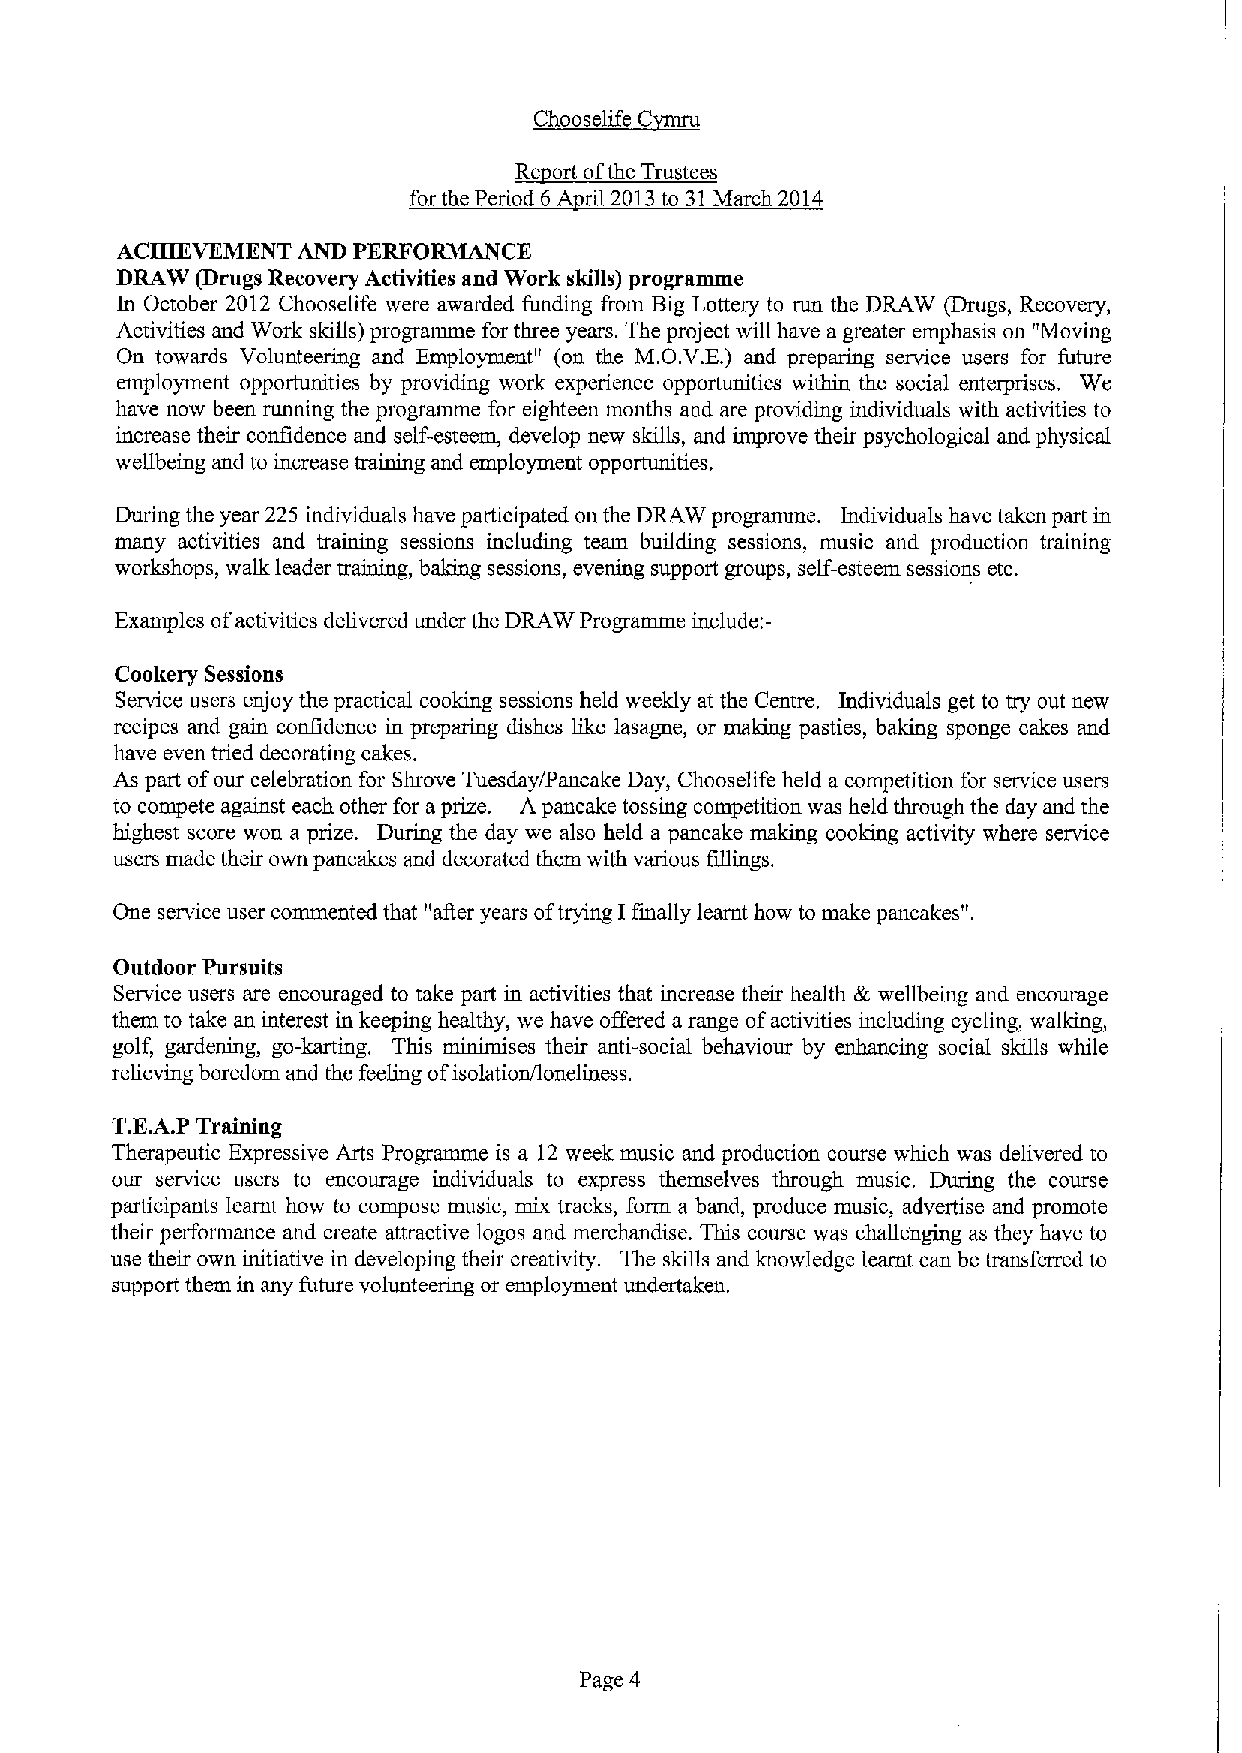
ld C
 ~Ch
 Re ort ofthe Trustees
 for the Period 6 A ril 2013to 31March 2014
 ACHIEVEMENT AND PERFORMANCE
 DRAW (Drugs Recovery Activities and Work skills) programme
 In October 2012 Chooselife were awarded funding &om Big Lottery to run the DRAW (Drugs, Recovery,
 Activities and Work skills) programme for three years. The project will have a greater emphasis on "Moving
 On towards Volunteering and Employment" (on the M.O.V.E. ) and preparing service users for future
 employment opportunities by providing work experience opportunities within the social enterprises. We
 have now been running the programme for eighteen months and are providing individuals with activities to
 increase their confidence and self-esteem, develop new skills, and improve their psychological and physical
 wellbeing and to increase training and employment opportunities,
 During the year 225 individuals have participated on the DRAW programme. Individuals have taken part in
 many activities and training sessions including team building sessions, music and production training
 workshops, walk leader training, baking sessions, evening support groups, self-esteem sessions etc.
 Exainples ofactivities delivered under the DRAW Programme include:-
 Cookery Sessions
 Service users enjoy the practical cooking sessions held weekly at the Centre. Individuals get to try out new
 recipes and gain confidence in preparing dishes like lasagne, or making pasties, baking sponge cakes and
 have even tried decorating cakes.
 As part ofour celebration for Shrove Tuesday/Pancake Day, Chooselife held a competition for service users
 to compete against each other for aprize. Apancake tossing competition was held through the day and the
 highest score won a prize. During the day we also held a pancake making cooking activity where service
 users made their own pancakes and decorated them with various fillings.
 One service user commented that "aQer years oftrying Ifinally learnt how to make pancakes".
 Outdoor Pursuits
 Service users are encouraged to take part in activities that increase their health & wellbeing and encourage
 them to take an interest in keeping healthy, we have offered a range ofactivities including cycling, walking,
 golf, gardening, go-karting. This minimises their anti-social behaviour by enhancing social skills while
 relieidng boredom and the feeling ofisolation/loneliness.
 T.E.A.P Training
 Therapeutic Expressive Arts Programme is a 12 week music and production course which was delivered to
 our service users to encourage individuals to express themselves through music. During the course
 participants learnt how to compose music, mix tracks, form a band, produce music, advertise and promote
 their performance and create attractive logos and merchandise. This course was challenging as they have to
 use their own initiative in developing their creativity. The skills and knowledge learnt can be transferred to
 support them in any future volunteering or employment undertaken.
 Page 4